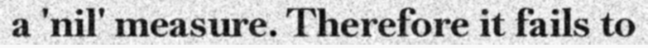
a 'nil' measure. Therefore it fails to